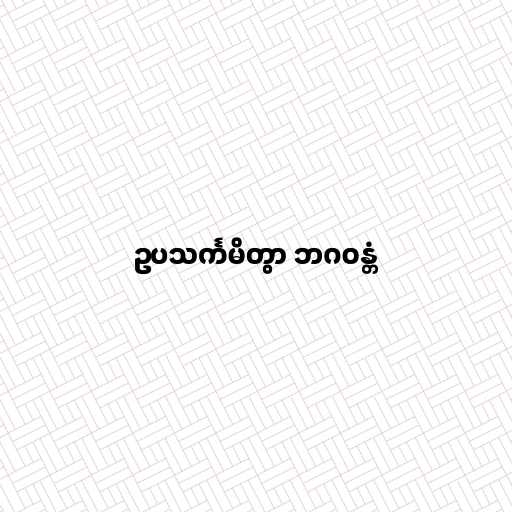
ဥပသင်္ကမိတွာ ဘဂဝန္တံ